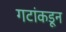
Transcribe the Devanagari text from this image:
गटांकडून